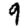
Digit: 9